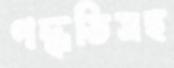
পদ্ধতিসহ